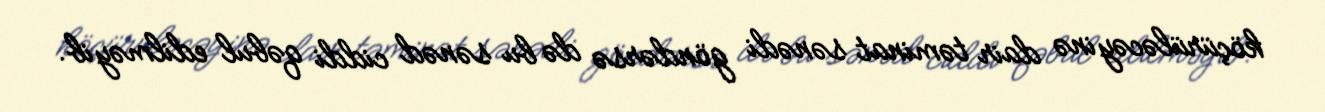
köçürüləcəyinə dair təminat sənədi göndərsə də bu sənəd ciddi qəbul edilməyib.